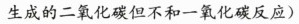
生成的二氧化碳但不和一氧化碳反应)